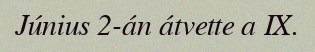
Június 2-án átvette a IX.